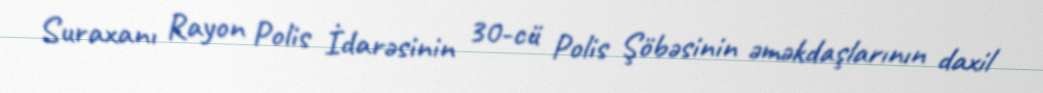
Suraxanı Rayon Polis İdarəsinin 30-cü Polis Şöbəsinin əməkdaşlarının daxil